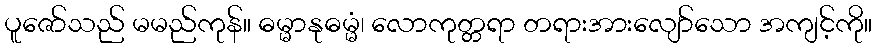
ပူဇော်သည် မမည်ကုန်။ ဓမ္မာနုဓမ္မံ၊ လောကုတ္တရာ တရားအားလျော်သော အကျင့်ကို။